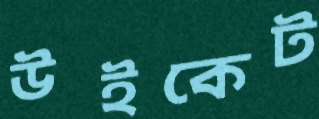
উইকেট